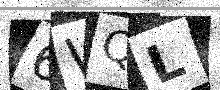
Text: 6WQL